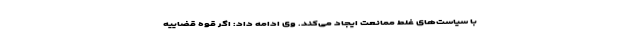
با سیاست‌های غلط ممانعت ایجاد می‌کند. وی ادامه داد: اگر قوه قضاییه